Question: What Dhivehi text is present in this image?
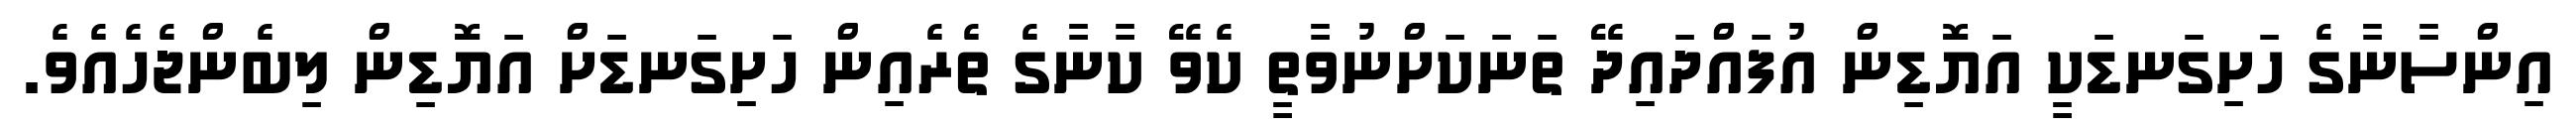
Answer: އިންސާނާގެ ހަށިގަނޑަކީ އަޔޮޑިން އުފައްދައިދޭ ތަނަކަށްނުވާތީ ކެވޭ ކާނާގެ ތެރެއިން ހަށިގަނޑަށް އަޔޮޑިން ލިބެންޖެހެއެވެ.